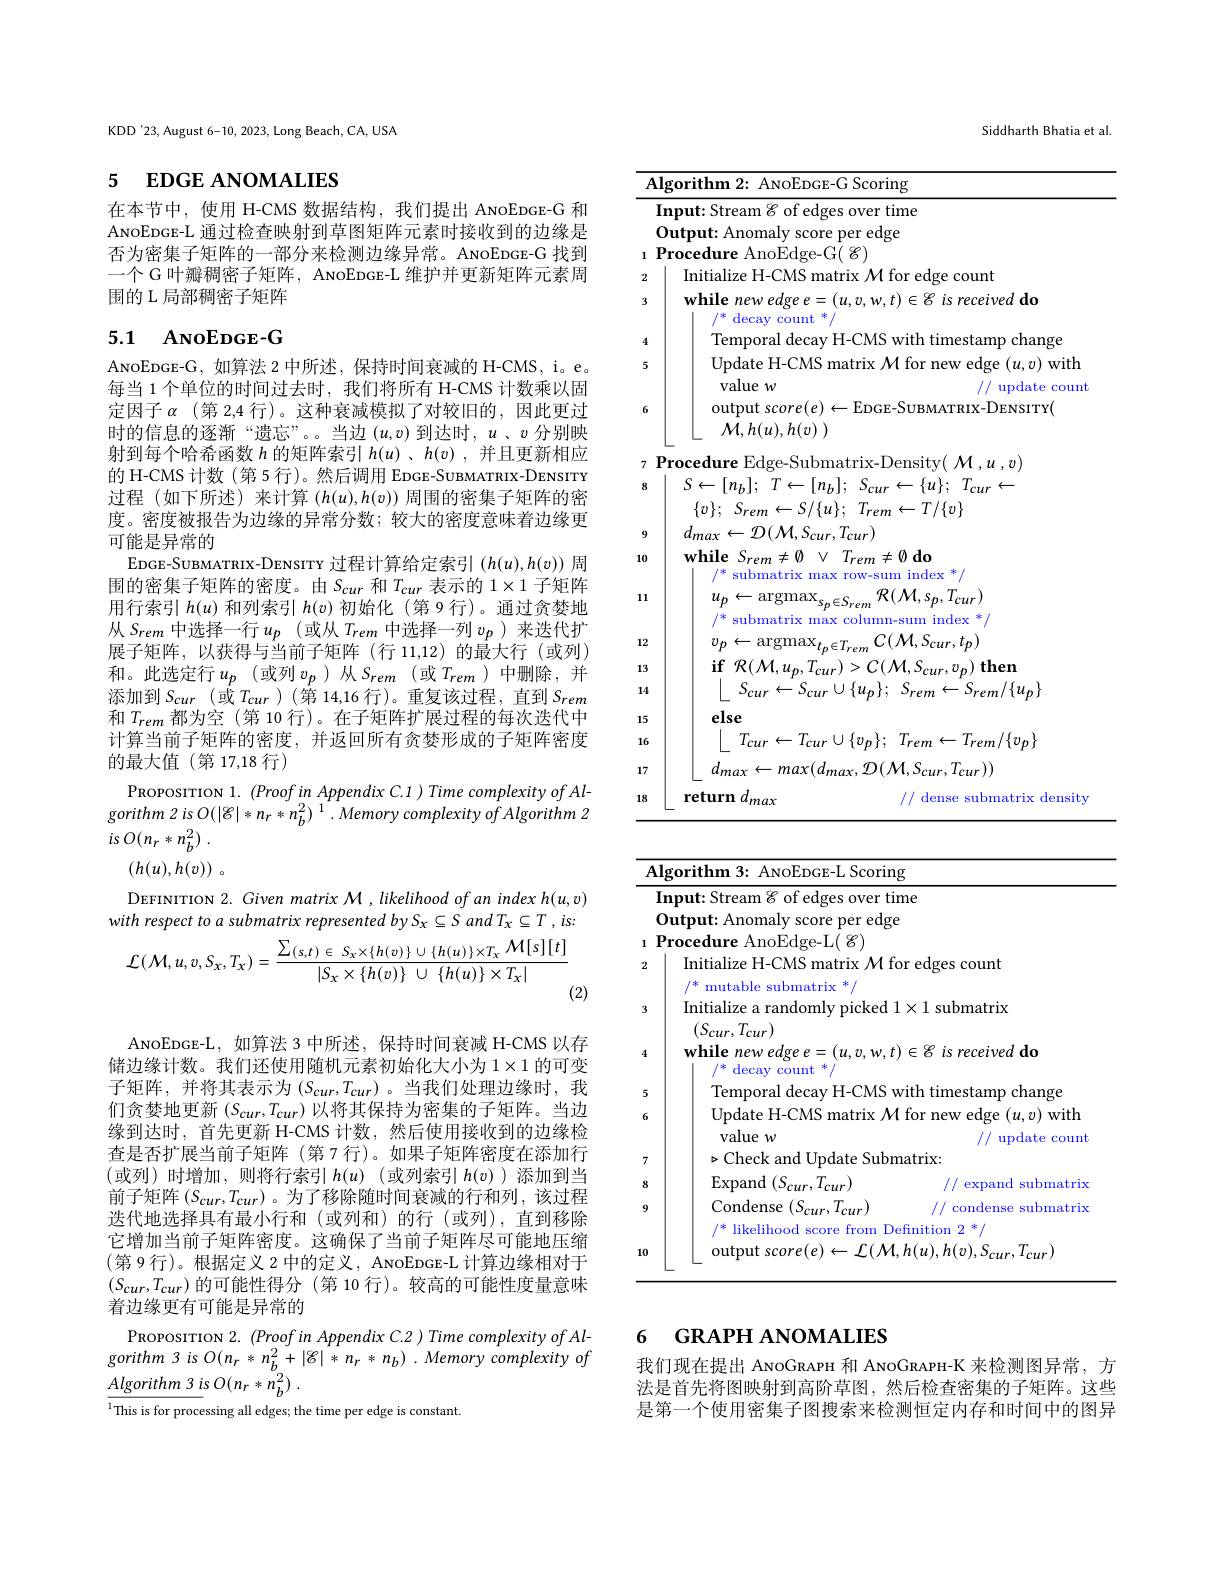
KDD'23, August 6-10, 2023, Long Beach, CA, USA

## 5 EDGE ANOMALIES

在本节中，使用 H-CMS 数据结构，我们提出 ANOEDGE-G 和ANOEDGE-L 通过检查映射到草图矩阵元素时接收到的边缘是否为密集子矩阵的一部分来检测边缘异常。ANOEDGE-G 找到一个 G 叶瓣稠密子矩阵，AnoEDGE-L 维护并更新矩阵元素周围的 L 局部稠密子矩阵

## 5.1 ANOEDGE-G

ANOEDGE-G,如算法 2 中所述，保持时间衰减的 H-CMS, i。e。每当 1 个单位的时间过去时，我们将所有 H-CMS 计数乘以固定因子$\alpha$ (第 2,4 行)。这种衰减模拟了对较旧的，因此更过时的信息的逐渐“遗忘”。。当边$(u,v)$到达时，$u$、$v$分别映射到每个哈希函数$h$的矩阵索引$h(u)$ 、$h(v)$ ,并且更新相应的 H-CMS 计数 (第 5 行)。然后调用 EDGE-SUBMATRIX-DENSITY 过程(如下所述)来计算$(h(u),h(v))$周围的密集子矩阵的密度。密度被报告为边缘的异常分数；较大的密度意味着边缘更可能是异常的
EDGE-SUBMATRIX-DENSITY 过程计算给定索引$(h(u),h(v))$周围的密集子矩阵的密度。由$S_{cur}$和$T_{cur}$表示的$1\times1$子矩阵用行索引$h(u)$和列索引$h(v)$初始化 (第 9 行)。通过贪婪地从$S_{rem}$中选择一行$u_p$ (或从$T_{rem}$中选择一列$v_p$ )来迭代扩展子矩阵，以获得与当前子矩阵(行 11,12)的最大行(或列) 和。此选定行$u_p$(或列$v_p$)从$S_rem$(或$T_rem$)中删除，并添加到$S_{cur}$ (或$T_{cur}$ )(第 14,16 行)。重复该过程，直到$S_rem$ 和$T_{rem}$都为空 (第 10 行)。在子矩阵扩展过程的每次迭代中计算当前子矩阵的密度，并返回所有贪婪形成的子矩阵密度的最大值(第 17,18 行)
PROPOSITION 1. $(ProofinAppendixC.1)TimecomplexityofAl-$ gorithm 2 is O(| B| * n r * n b ) 1. Memory complexity of Algorithm 2 $is$ $O( n_{r}* n_{b}^{2})$ .
$( h( u) , h( v) )$ 。
DEFINITION 2. Given matrix M, likelihood of an index h(u,v)

with respect to a submatrix represented by Sx $\subseteq S$ and Tx $\subseteq T,is:$

Siddharth Bhatia et al.

<table>
	<tbody>
		<tr>
			<th></th>
			<th>Scoring $\left(\begin{array}{c}{1}\\{1}\\{1}\end{array}\right)$ $\frac{1}{2}$</th>
		</tr>
		<tr>
			<td> </td>
			<td>rer time</td>
		</tr>
		<tr>
			<td> </td>
			<td>per edge $\textbf{lut}$</td>
		</tr>
		<tr>
			<td>1</td>
			<td>Procedure AnoEdge-G( $\mathscr{E})$</td>
		</tr>
		<tr>
			<td>2</td>
			<td>Initialize H-CMS matrix $\mathcal{M}$ for edge count</td>
		</tr>
		<tr>
			<td>3</td>
			<td>while new edge e $t) \in 6\textit{ is recerved ac}$ $/^*$ decay count */</td>
		</tr>
		<tr>
			<td>4</td>
			<td>$\operatorname{lempora}$ decav 1-1-1 tımestamp change</td>
		</tr>
		<tr>
			<td>5 6</td>
			<td>Jpaate $\Pi-CMSmatrix/N10r$ 1 ew edge $(u,v)$ with value $w$ // update countis output score(e) $\leftarrow$E$DGE- SUBMATRIX- DENSITY($</td>
		</tr>
		<tr>
			<td> </td>
			<td>${\mathcal{M} }, h( u) , h( v)$ )</td>
		</tr>
		<tr>
			<td>7</td>
			<td>Procedure Edge-Submatrix-Density( $\mathcal{M},u,v)$</td>
		</tr>
		<tr>
			<td>8</td>
			<td>$S\leftarrow [ n_{b}] ;$ $T\leftarrow [ n_{b}] ;$ $\cdot$ $D_{ctt}$ - $\{1,1\}$</td>
		</tr>
		<tr>
			<td>9</td>
			<td>$d_{max}\leftarrow\mathcal{D}(\mathcal{M},S_{cur},T_{cur})$</td>
		</tr>
		<tr>
			<td>0</td>
			<td>$\mathbf{while}S_{rem}\neq\emptyset$ $T_{rem}\neq\emptyset$do $/^*$ submatrix max row-sum index $V$</td>
		</tr>
		<tr>
			<td>11</td>
			<td>$^{*}$ submatrix max row-sum index $^*/$ ${\mathcal R}({\mathcal M},s_{p},T_{cur})$ $u_{p}$ -argmax $_{n}\in S_{re}$</td>
		</tr>
		<tr>
			<td>13 14</td>
			<td>$\textbf{if}$ $\mathcal{R} ( \mathcal{M} , u_{p}, T_{cur}) > C( \mathcal{M} , S_{cur}, v_{p})$ then $\lfloor$ $S_{cur}\leftarrow S_{cur}\cup \{ u_{p}\} ;$ $S_{rem}\leftarrow S_{rem}/ \{ u_{p}\}$</td>
		</tr>
		<tr>
			<td>10 16</td>
			<td>CIDC $T_{cur}\leftarrow T_{cur}\cup \{ v_{p}\} ;$ $T_{rem}\leftarrow T_{rem}/ \{ v_{p}\}$</td>
		</tr>
		<tr>
			<td>17</td>
			<td>$d_{max}\leftarrow max(d_{max},\mathcal{D}(\mathcal{M},S_{cur},T_{cur}))$</td>
		</tr>
		<tr>
			<td>.8</td>
			<td>return max ense $1at1$ Tix fensitr</td>
		</tr>
	</tbody>
</table>

<table>
	<tbody>
		<tr>
			<td>$\angle AC=\frac{1}{2}$</td>
			<td>$\mathbf{Algorithm3:~ANOEDGE-L~Scoring}$</td>
			<td>$1g$</td>
		</tr>
		<tr>
			<td> </td>
			<td>Input: Stream $\mathscr{E}$ of edges over tim</td>
			<td>ime</td>
		</tr>
		<tr>
			<td> </td>
			<td>Output: Anomaly score per edge</td>
			<td>;e</td>
		</tr>
		<tr>
			<td>1</td>
			<td>Procedure AnoEdge- L( $E$) </td>
			<td> </td>
		</tr>
		<tr>
			<td>2</td>
			<td>Initialize H-CMS matrix $\mathcal{M}$ for $f=10$ mutable submatrix </td>
			<td>for edges count</td>
		</tr>
		<tr>
			<td>3</td>
			<td>Initialize a randomly picked 1 $(S_{cur},T_{cur})$</td>
			<td>$1\times1$ submatrix</td>
		</tr>
		<tr>
			<td>4</td>
			<td>while new edge e $=(u,v,w,t)$ $f^{\prime}=1$ decay count 半</td>
			<td>$t)\in\mathscr{C}$ is received do</td>
		</tr>
		<tr>
			<td>5</td>
			<td>Temporal decay H-CMS wir</td>
			<td>with timestamp change 11</td>
		</tr>
		<tr>
			<td>6</td>
			<td>Update H-CMS matrix $\mathcal{M}$ f value $w$</td>
			<td>${\mathcal{A}}$ for new edge $(u,v)$ with T update count</td>
		</tr>
		<tr>
			<td>7</td>
			<td>$\triangleright$Check and Update Subma</td>
			<td>${\mathrm{matrix:}}$</td>
		</tr>
		<tr>
			<td>8</td>
			<td>$\operatorname{Expand}$ ${\mathbf{I}}(S_{cur},T_{cur})$</td>
			<td>expand submatriy I</td>
		</tr>
		<tr>
			<td>9</td>
			<td>Condense$\left ( S_{cur}, T_{cur}\right )$ /* likelihood SCOre from Defi</td>
			<td>condense submatrix T ) efinition 2 冰</td>
		</tr>
		<tr>
			<td>10</td>
			<td>outnut score(e) $\leftarrow L(\mathcal{M}.h$</td>
			<td>$1,h(u),h(v),S_{cur},T_{cur}$</td>
		</tr>
	</tbody>
</table>
$$\mathcal{L}(\mathcal{M},u,v,S_{x},T_{x})=\frac{\sum_{(s,t)\in S_{x}\times\{h(v)\}\cup\{h(u)\}\times T_{x}}\mathcal{M}[s][t]}{|S_{x}\times\{h(v)\}\:\cup\:\{h(u)\}\times T_{x}|}$$
(2)

ANOEDGE-L, 如算法 3 中所述，保持时间衰减 H-CMS 以存储边缘计数。我们还使用随机元素初始化大小为$1\times1$的可变子矩阵，并将其表示为$(S_cur,T_{cur})$。当我们处理边缘时，我们贪婪地更新$(S_{cur},T_{cur})$以将其保持为密集的子矩阵。当边缘到达时，首先更新 H-CMS 计数，然后使用接收到的边缘检查是否扩展当前子矩阵 (第 7 行)。如果子矩阵密度在添加行(或列)时增加，则将行索引$h( u)$ (或列索引$h(v)$ )添加到当前子矩阵$\left(S_{cur},T_{cur}\right)$。为了移除随时间衰减的行和列，该过程送代地选择具有最小行和(或列和)的行(或列),直到移除它增加当前子矩阵密度。这确保了当前子矩阵尽可能地压缩(第 9 行)。根据定义 2 中的定义，ANOEDGE-L 计算边缘相对于$(S_{cur},T_{cur})$的可能性得分 (第 10 行)。较高的可能性度量意味着边缘更有可能是异常的
PROPOSITION $2.(ProofinAppendixC.2)TimecomplexityofAl-$ $gorithm~3~is~O(n_{r}*n_{b}^{2}+|\mathscr{C}|*n_{r}*n_{b})~.~Memory~complexity~of$ $\underline {Algorithm3}is$ $O( n_{r}* \bar{n_{b}^{2}} )$ .
$^{1}$This is for processing all edges; the time per edge is constant.

## 6 GRAPH ANOMALIES

我们现在提出 ANOGRAPH 和 ANOGRAPH-K 来检测图异常，方法是首先将图映射到高阶草图，然后检查密集的子矩阵。这些是第一个使用密集子图搜索来检测恒定内存和时间中的图异